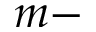
m -